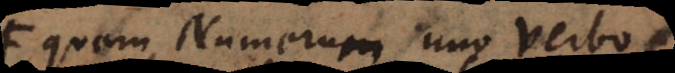
quem numerum uno verbo